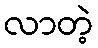
လာတဲ့